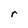
Character: r